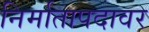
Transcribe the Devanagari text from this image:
निर्मातापदावर